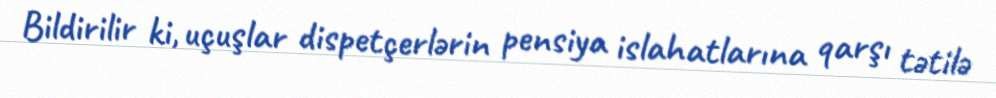
Bildirilir ki, uçuşlar dispetçerlərin pensiya islahatlarına qarşı tətilə